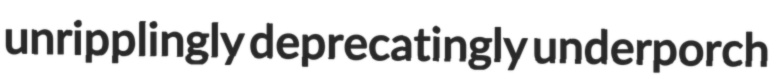
unripplingly deprecatingly underporch